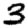
Digit: 3